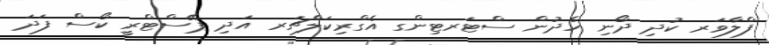
ފްލާވަރ ކުދި ދޯނި ހެދުން ސްޓަރޓިންގ އެގްރިކަލްޗަރ އަދި ޕޭސްޓްރީ ކޯސް ފަދަ